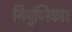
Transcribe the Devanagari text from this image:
निपुणिका।